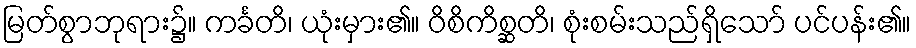
မြတ်စွာဘုရား၌။ ကင်္ခတိ၊ ယုံးမှား၏။ ဝိစိကိစ္ဆတိ၊ စုံးစမ်းသည်ရှိသော် ပင်ပန်း၏။